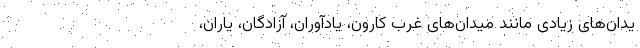
یدان‌های زیادی مانند میدان‌های غرب کارون، یادآوران، آزادگان، یاران،